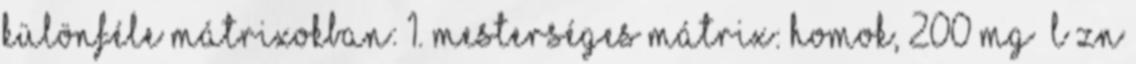
különféle mátrixokban: 1. mesterséges mátrix: homok, 200 mg l Zn